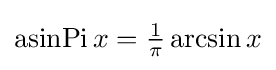
\operatorname {asinPi} x={\tfrac {1}{\pi }}\arcsin x